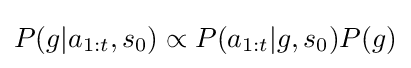
P(g|a_{1:t},s_{0})\propto P(a_{1:t}|g,s_{0})P(g)